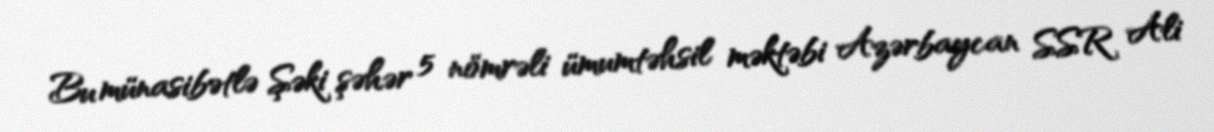
Bu münasibətlə Şəki şəhər 5 nömrəli ümumtəhsil məktəbi Azərbaycan SSR Ali